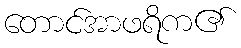
တောင်အာဖရိက၏